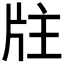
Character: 𤖸